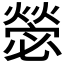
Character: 𭶋